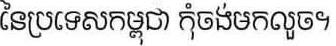
នៃប្រទេសកម្ពុជា កុំចង់មកលួច។